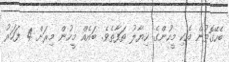
ބެހޭގޮތުން އެކި މީހުންގެ ހިޔާލު ތަފާތެވެ. ބައެއް މީހުން މިރަށް 4 ފަހަރު